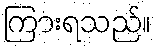
ကြားရသည်။